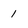
Character: 1